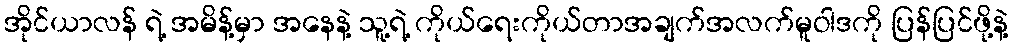
အိုင်ယာလန် ရဲ့ အမိန့်မှာ အနေနဲ့ သူ့ရဲ့ ကိုယ်ရေးကိုယ်တာအချက်အလက်မူဝါဒကို ပြန်ပြင်ဖို့နဲ့